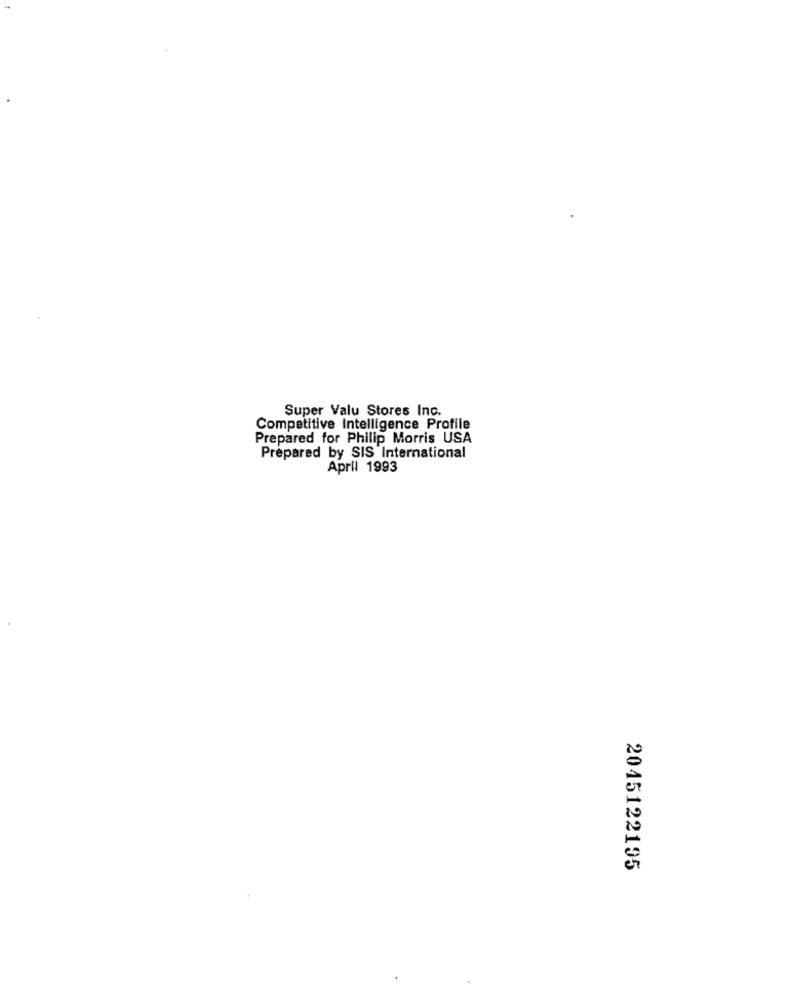
Super Valu Stores Inc.
Competitive Intelligence Profile
Prepared for Philip Morris USA
Prepared by SIS International
April 1993
2045122195